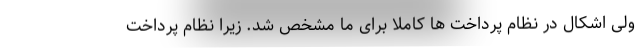
ولی اشکال در نظام پرداخت ها کاملا برای ما مشخص شد. زیرا نظام پرداخت